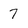
Character: 7